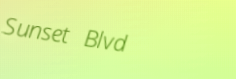
Sunset Blvd